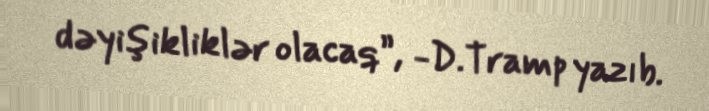
dəyişikliklər olacaq”, -D.Tramp yazıb.